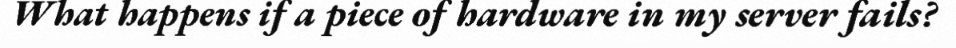
What happens if a piece of hardware in my server fails?